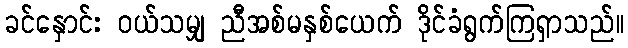
ခင်နှောင်း ဝယ်သမျှ ညီအစ်မနှစ်ယေက် ဒိုင်ခံရွက်ကြရှာသည်။